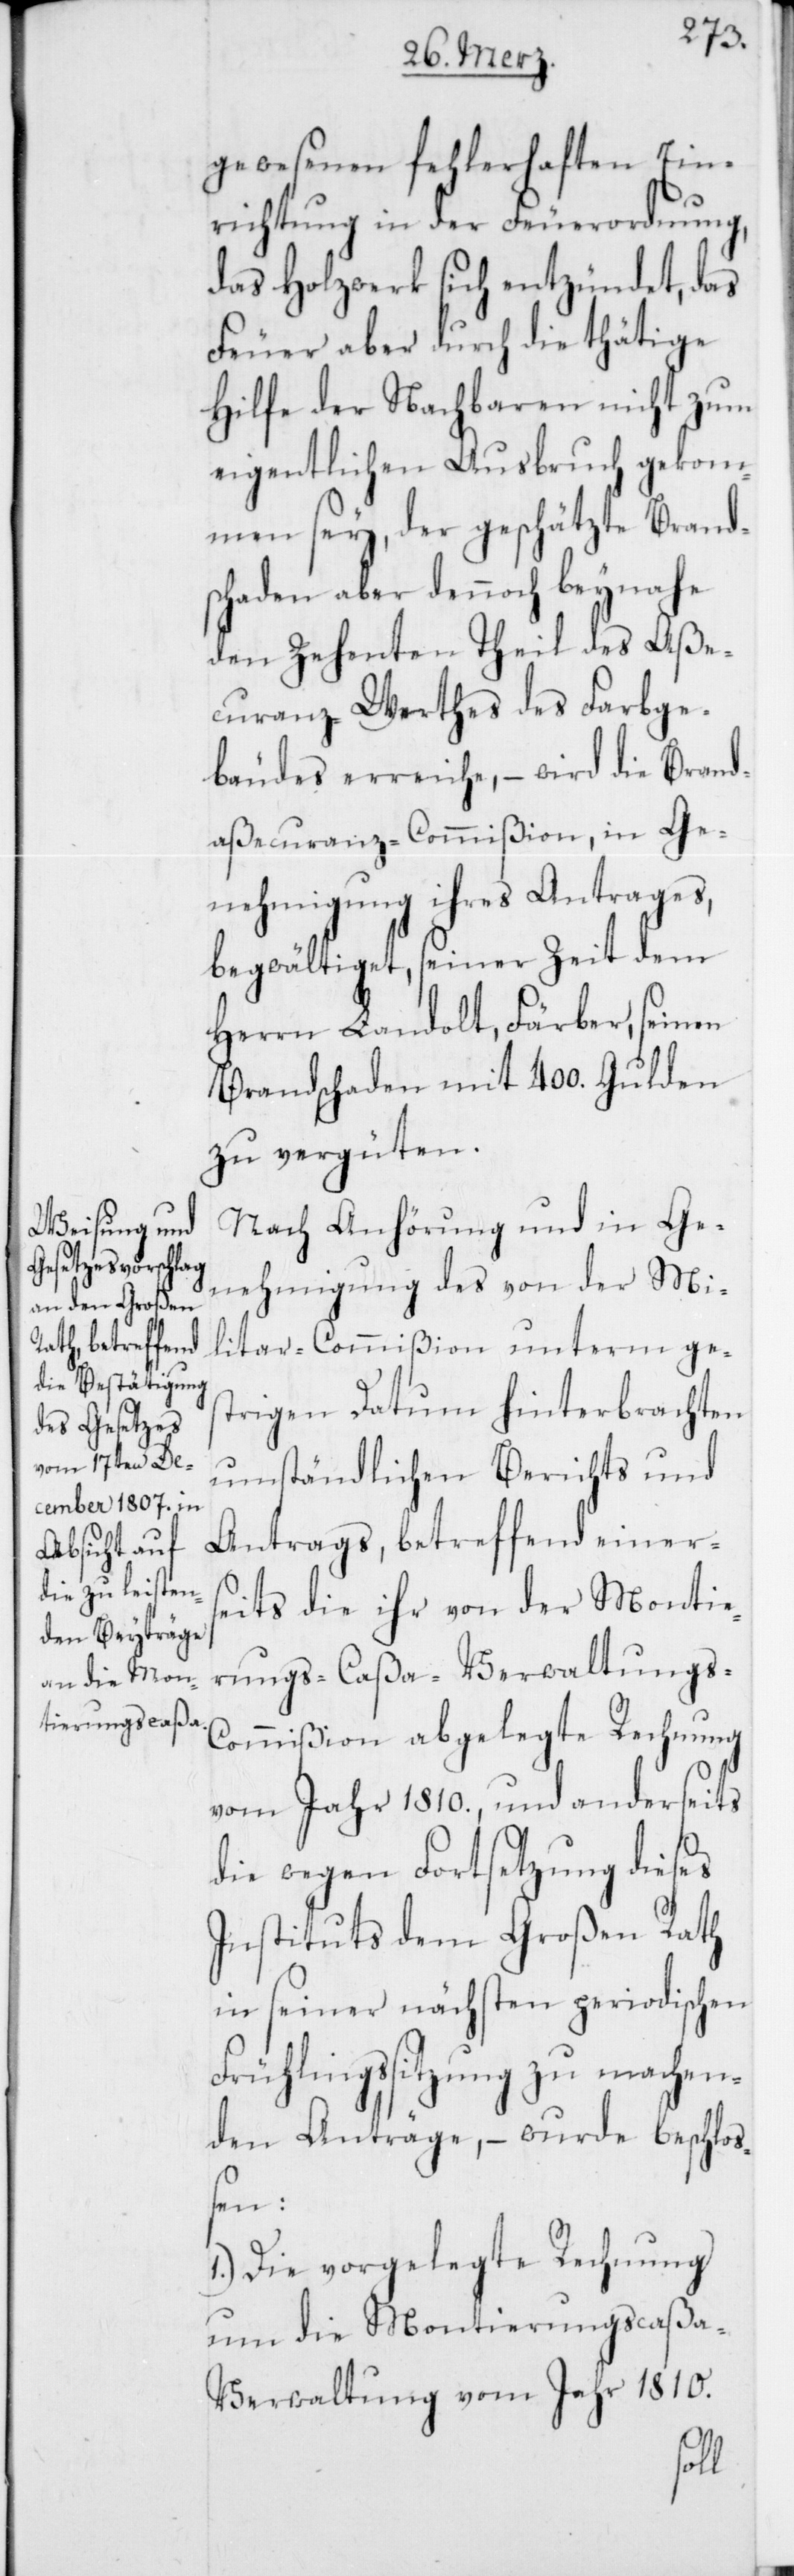
gewesenen fehlerhaften Ein¬
richtung in der Feuerordnung,
das Holzwerk sich entzündet, das
Feuer aber durch die thätige
Hilfe der Nachbaren nicht zum
eigentlichen Ausbruch gekom¬
men sey, der geschätzte Brand¬
schaden aber dennoch beynahe
den Zehnten Theil des Aße¬
curanz-Werthes des Farbge¬
bäudes erreiche, – wird die Brand¬
aßecuranz-Commißion, in Ge¬
nehmigung ihres Antrages,
begwältiget, seiner Zeit dem
Herrn Landolt, Färber, seinen
Brandschaden mit 400. Gulden
zu vergüten.
Nach Anhörung und in Ge¬
nehmigung des von der Mi¬
litar-Commißion unterm ges¬
trigen Datum hinterbrachten
umständlichen Berichts und
Antrags, betreffend einer¬
seits die ihr von der Montie¬
rungs-Caßa-Verwaltungs-C¬
ommißion abgelegte Rechnung
vom Jahr 1810., und anderseits
die wegen Fortsetzung dieses
Instituts dem Großen Rath
in seiner nächsten periodischen
Frühlingssitzung zu machen¬
den Anträge, – wurde beschloß¬
en:
1.) Die vorgelegte Rechnung
um die Montierungscaßa-V¬
erwaltung vom Jahr 1810.